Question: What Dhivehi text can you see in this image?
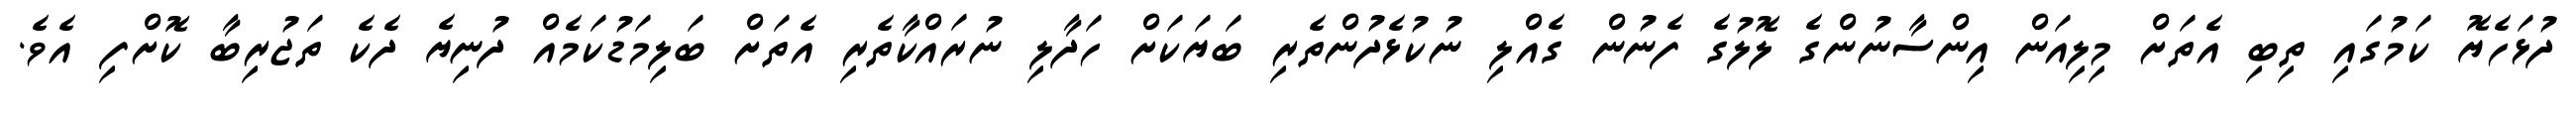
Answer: ދުޅަހެޔޮ ކަމުގައި ތިބި އެތަށް މިލިއަން އިންސާނުންގެ ލޮލުގެ ފެނުން ގެއްލި ނުކުޅެދުންތެރި ބަޔަކަށް ހަދާލި ނުރައްކާތެރި އެތަށް ބަލިމަޑުކަމެއް ދުނިޔެ ދެކެ ތަޖުރިބާ ކޮށްފި އެވެ.